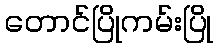
တောင်ပြိုကမ်းပြို